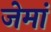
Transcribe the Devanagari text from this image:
जेमां